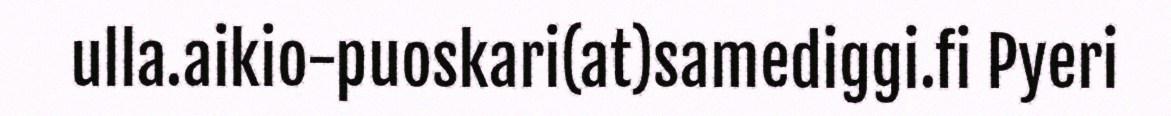
ulla.aikio-puoskari(at)samediggi.fi Pyeri